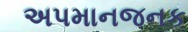
અપમાનજનક